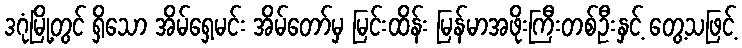
ဒဂုံမြို့တွင် ရှိသော အိမ်ရှေ့မင်း အိမ်တော်မှ မြင်းထိန်း မြန်မာအဖိုးကြီးတစ်ဦးနှင့် တွေ့သဖြင့်